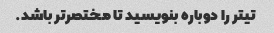
تیتر را دوباره بنویسید تا مختصرتر باشد.